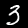
Digit: 3